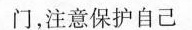
门，注意保护自己